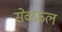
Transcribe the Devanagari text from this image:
सेवफ़ल